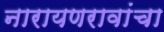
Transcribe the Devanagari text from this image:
नारायणरावांचा